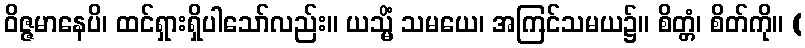
ဝိဇ္ဇမာနေပိ၊ ထင်ရှားရှိပါသော်လည်း။ ယသ္မိံ သမယေ၊ အကြင်သမယ၌။ စိတ္တံ၊ စိတ်ကို။ (